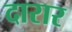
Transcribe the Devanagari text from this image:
दारार